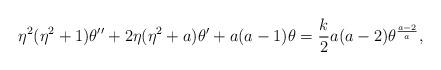
\begin{align*}\eta^2(\eta^2+1)\theta''+2\eta(\eta^2+a)\theta'+a(a-1)\theta={k\over 2}a(a-2)\theta^{{a-2}\over a},\end{align*}